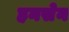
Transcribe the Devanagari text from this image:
हनसेन